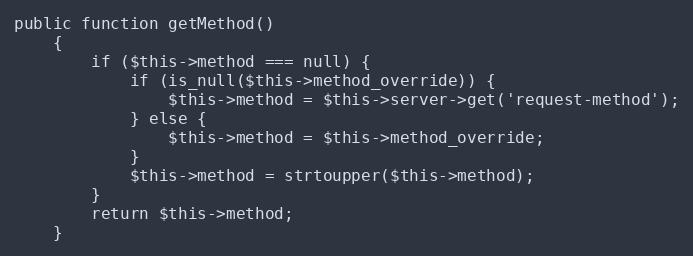
Language: PHP
public function getMethod()
    {
        if ($this->method === null) {
            if (is_null($this->method_override)) {
                $this->method = $this->server->get('request-method');
            } else {
                $this->method = $this->method_override;
            }
            $this->method = strtoupper($this->method);
        }
        return $this->method;
    }